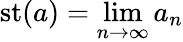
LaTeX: \operatorname{st}(a)=\operatorname*{lim}_{n\to\infty}a_{n}